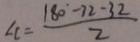
\angle c = \frac { 1 8 0 ^ { \circ } - 7 2 - 3 2 } { 2 }